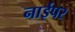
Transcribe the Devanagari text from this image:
नाईपर